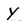
Character: y